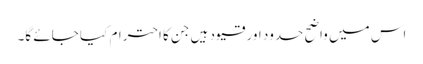
اس میں واضح حدود اور قیود ہیں جن کا احترام کیا جائے گا۔